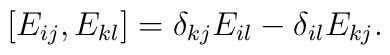
\left[E_{ij}, E_{kl}\right] = \delta_{kj} E_{il} - \delta_{il} E_{kj}.